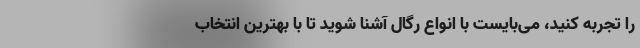
را تجربه کنید، می‌بایست با انواع رگال آشنا شوید تا با بهترین انتخاب